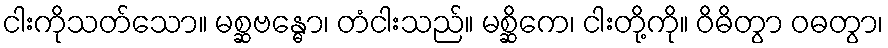
ငါးကိုသတ်သော။ မစ္ဆဗန္ဓော၊ တံငါးသည်။ မစ္ဆိကေ၊ ငါးတို့ကို။ ဝိဓိတွာ ဝဓတွာ၊